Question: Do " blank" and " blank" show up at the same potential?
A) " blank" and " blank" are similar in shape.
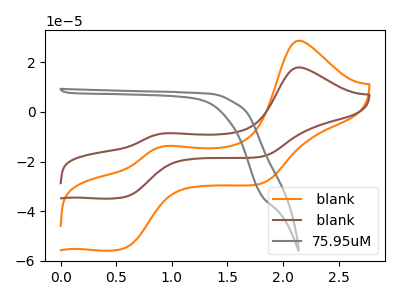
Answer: <think>The orange curve " blank" has anodic peaks at (2.15V, 28.70uA) (0.95V, -13.75uA) and cathodic peaks at (0.55V, -54.90uA) (1.80V, -28.75uA). The brown curve " blank" has anodic peaks at (2.15V, 17.95uA) (0.95V, -8.60uA) and cathodic peaks at (0.55V, -34.30uA) (1.80V, -17.95uA). The gray curve "75.95uM" has no peaks.
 All the peaks in " blank" have a peak in " blank" at the same potential.</think>
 <answer>A) " blank" and " blank" are similar in shape.</answer>
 <eval>A</eval>